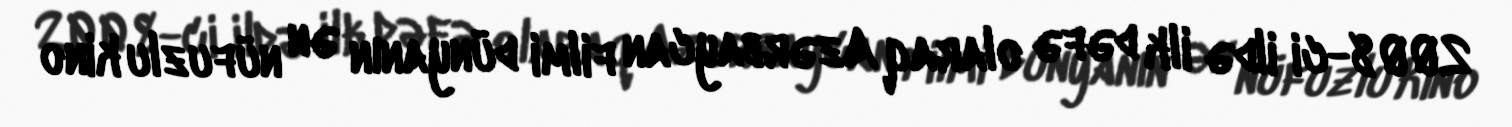
2008-ci ildə ilk dəfə olaraq Azərbaycan filmi dünyanın ən nüfuzlu kino